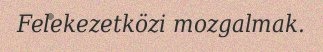
Felekezetközi mozgalmak.